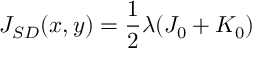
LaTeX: J _ { S D } ( x , y ) = \frac { 1 } { 2 } \lambda ( J _ { 0 } + K _ { 0 } )